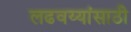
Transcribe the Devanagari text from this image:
लढवय्यांसाठी